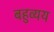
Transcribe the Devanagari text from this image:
बहुव्यय